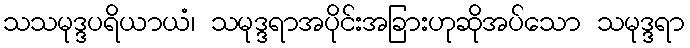
သသမုဒ္ဒပရိယာယံ၊ သမုဒ္ဒရာအပိုင်းအခြားဟုဆိုအပ်သော သမုဒ္ဒရာ